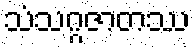
သံသဂ္ဂဇာတဿ